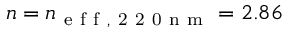
n = n _ { \mathrm { ~ e ~ f ~ f ~ , ~ 2 ~ 2 ~ 0 ~ n ~ m ~ } } = 2 . 8 6